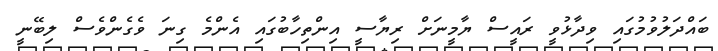
ބައްދަލުވުމުގައި ވިދާޅުވީ ރައީސް ޔާމީނަށް ރިޔާސީ އިންތިހާބުގައި އެންމެ ގިނަ ވެގެންވެސް ލިބޭނީ